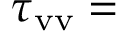
\tau _ { \mathrm { v v } } =